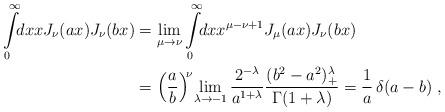
LaTeX: \begin{align*}\int\limits_0^{\infty} \!\! dx x J_\nu(ax) J_\nu(bx) &= \lim_{\mu\rightarrow \nu} \int\limits_0^{\infty} \!\! dx x^{\mu-\nu+1} J_\mu(ax) J_\nu(bx) \\&= \left( \frac{a}{b}\right)^{\!\nu} \!\lim_{\lambda \rightarrow -1}\frac{2^{-\lambda}}{a^{1+\lambda}} \frac{(b^2 -a^2)_+^{\lambda}}{\Gamma(1+\lambda)} = \frac{1}{a} \, \delta (a -b) \;,\end{align*}